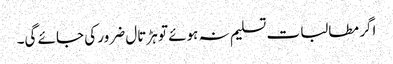
اگر مطالبات تسلیم نہ ہوئے تو ہڑتال ضرور کی جائے گی۔